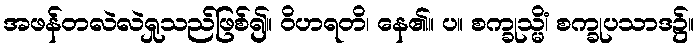
အဖန်တလဲလဲရှုသည်ဖြစ်၍။ ဝိဟရတိ၊ နေ၏။ ပ။ စက္ခုသ္မိံ၊ စက္ခုပသာဒ၌။